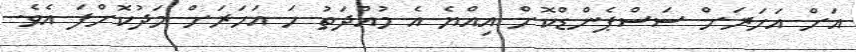
އަށް އަހަރަށް ސަސްޕެންޑްކޮށް އިއްޔެ އެ މުއްދަތު ހަ އަހަރަށް މަދުކޮށްފަ އެވެ.